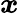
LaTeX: \boldsymbol{\mathit{x}}